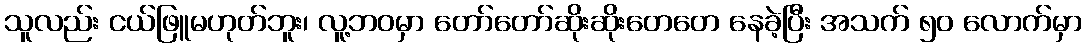
သူလည်း ငယ်ဖြူမဟုတ်ဘူး၊ လူ့ဘဝမှာ တော်တော်ဆိုးဆိုးတေတေ နေခဲ့ပြီး အသက် ၅၀ လောက်မှာ